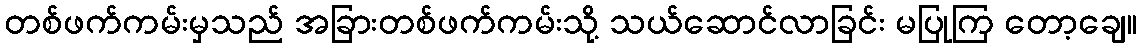
တစ်ဖက်ကမ်းမှသည် အခြားတစ်ဖက်ကမ်းသို့ သယ်ဆောင်လာခြင်း မပြုကြ တော့ချေ။